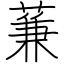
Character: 蒹